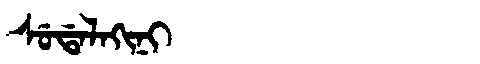
Manchu: ᠰᡠᡩᠠᠯᠠᡴᡳᠨᡳ
Romanization: SUDALAKINI